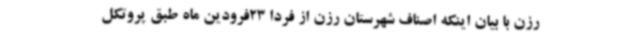
رزن با بیان اینکه اصناف شهرستان رزن از فردا 23فرودین ماه طبق پروتکل